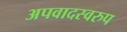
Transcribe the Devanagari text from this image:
अपवादस्वरुप